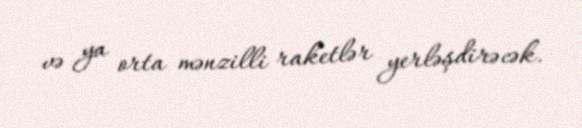
və ya orta mənzilli raketlər yerləşdirəcək.